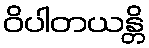
ဝိပါတယန္တိ